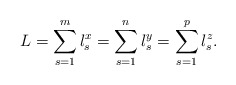
\begin{align*}L=\sum\limits_{s=1}^m l_{s}^{x} =\sum\limits_{s=1}^n l_{s}^{y}=\sum\limits_{s=1}^p l_{s}^{z}. \end{align*}